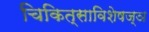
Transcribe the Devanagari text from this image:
चिकित्साविशेषज्ञ